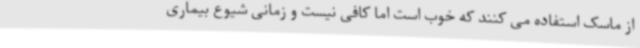
از ماسک استفاده می کنند که خوب است اما کافی نیست و زمانی شیوع بیماری